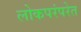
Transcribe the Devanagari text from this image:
लोकपरंपरेत